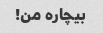
بیچاره من!